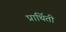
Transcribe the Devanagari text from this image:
प्रार्थिती